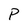
Character: P